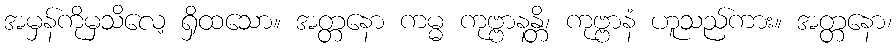
အမှန်ကိုမှသိလေ့ ရှိထသော။ အတ္တနော ကမ္မ ကုဗ္ဗာနန္တိ၊ ကုဗ္ဗာနံ ဟူသည်ကား။ အတ္တနော၊